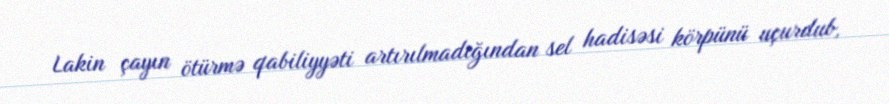
Lakin çayın ötürmə qabiliyyəti artırılmadığından sel hadisəsi körpünü uçurdub,